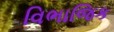
વિભાજિક